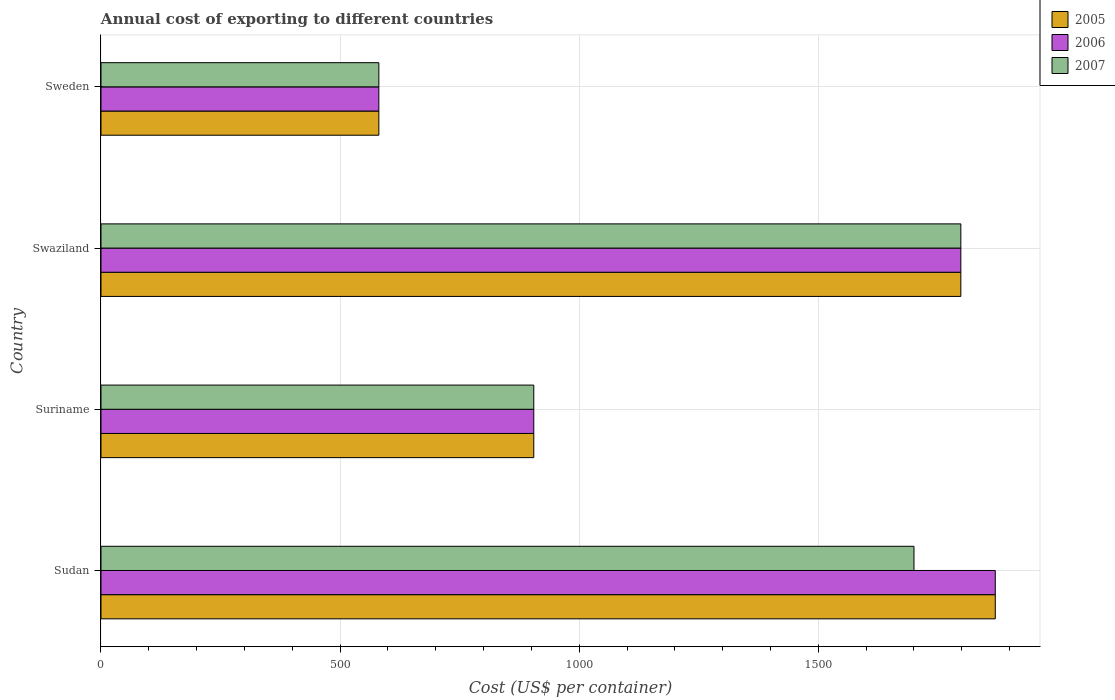
| Country | 2005 | 2006 | 2007 |
 | --- | --- | --- | --- |
 | Sudan | 1.87e+03 | 1.87e+03 | 1.7e+03 |
 | Suriname | 905 | 905 | 905 |
 | Swaziland | 1.8e+03 | 1.8e+03 | 1.8e+03 |
 | Sweden | 581 | 581 | 581 |